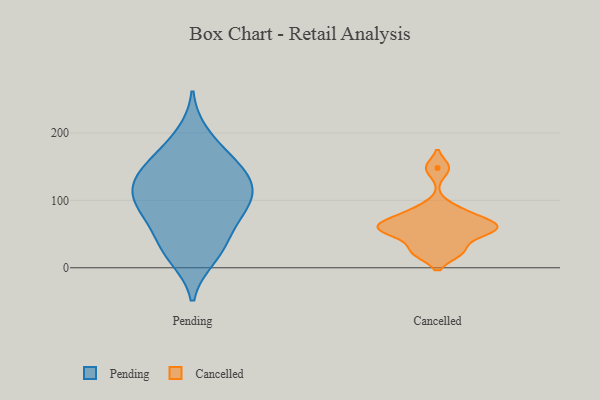
{"axis": {"x": "Revenue (USD Million)", "y": "Value"}, "legend": ["Cancelled", "Pending"], "data": [{"x": "", "y": 115, "type": "Pending"}, {"x": "", "y": 72, "type": "Pending"}, {"x": "", "y": 15, "type": "Pending"}, {"x": "", "y": 35, "type": "Pending"}, {"x": "", "y": 80, "type": "Pending"}, {"x": "", "y": 172, "type": "Pending"}, {"x": "", "y": 153, "type": "Pending"}, {"x": "", "y": 198, "type": "Pending"}, {"x": "", "y": 99, "type": "Pending"}, {"x": "", "y": 120, "type": "Pending"}, {"x": "", "y": 152, "type": "Pending"}, {"x": "", "y": 131, "type": "Pending"}, {"x": "", "y": 53, "type": "Pending"}, {"x": "", "y": 96, "type": "Pending"}, {"x": "", "y": 104, "type": "Pending"}, {"x": "", "y": 20, "type": "Pending"}, {"x": "", "y": 139, "type": "Pending"}, {"x": "", "y": 148, "type": "Cancelled"}, {"x": "", "y": 88, "type": "Cancelled"}, {"x": "", "y": 63, "type": "Cancelled"}, {"x": "", "y": 23, "type": "Cancelled"}, {"x": "", "y": 24, "type": "Cancelled"}, {"x": "", "y": 61, "type": "Cancelled"}, {"x": "", "y": 49, "type": "Cancelled"}, {"x": "", "y": 76, "type": "Cancelled"}, {"x": "", "y": 53, "type": "Cancelled"}, {"x": "", "y": 63, "type": "Cancelled"}]}